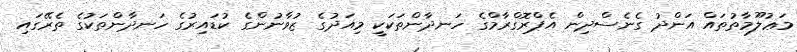
މަޢުލޫމާތުތައް އަންދު ގެނެސްދިން އެޕްރޮގްރާމްގެ ހަނދާންތަކަކީ މިއަދުގެ ޒުވާނުންގެ ކުޑައިރުގެ ހަނދާންތަކުގެ ތެރޭގައި